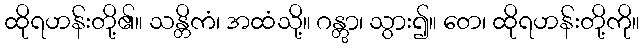
ထိုရဟန်းတို့၏။ သန္တိကံ၊ အထံသို့။ ဂန္တွာ၊ သွား၍။ တေ၊ ထိုရဟန်းတို့ကို။